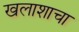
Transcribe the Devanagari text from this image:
खलाशाचा